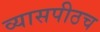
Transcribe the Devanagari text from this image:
व्यासपीठच